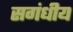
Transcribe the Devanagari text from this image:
सगंधीय